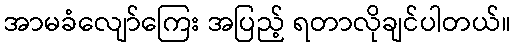
အာမခံလျော်ကြေး အပြည့် ရတာလိုချင်ပါတယ်။